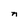
Character: n